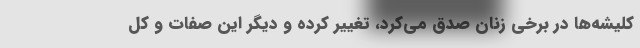
کلیشه‌ها در برخی زنان صدق می‌کرد، تغییر کرده و دیگر این صفات و کل